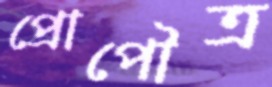
প্রোপৌত্র